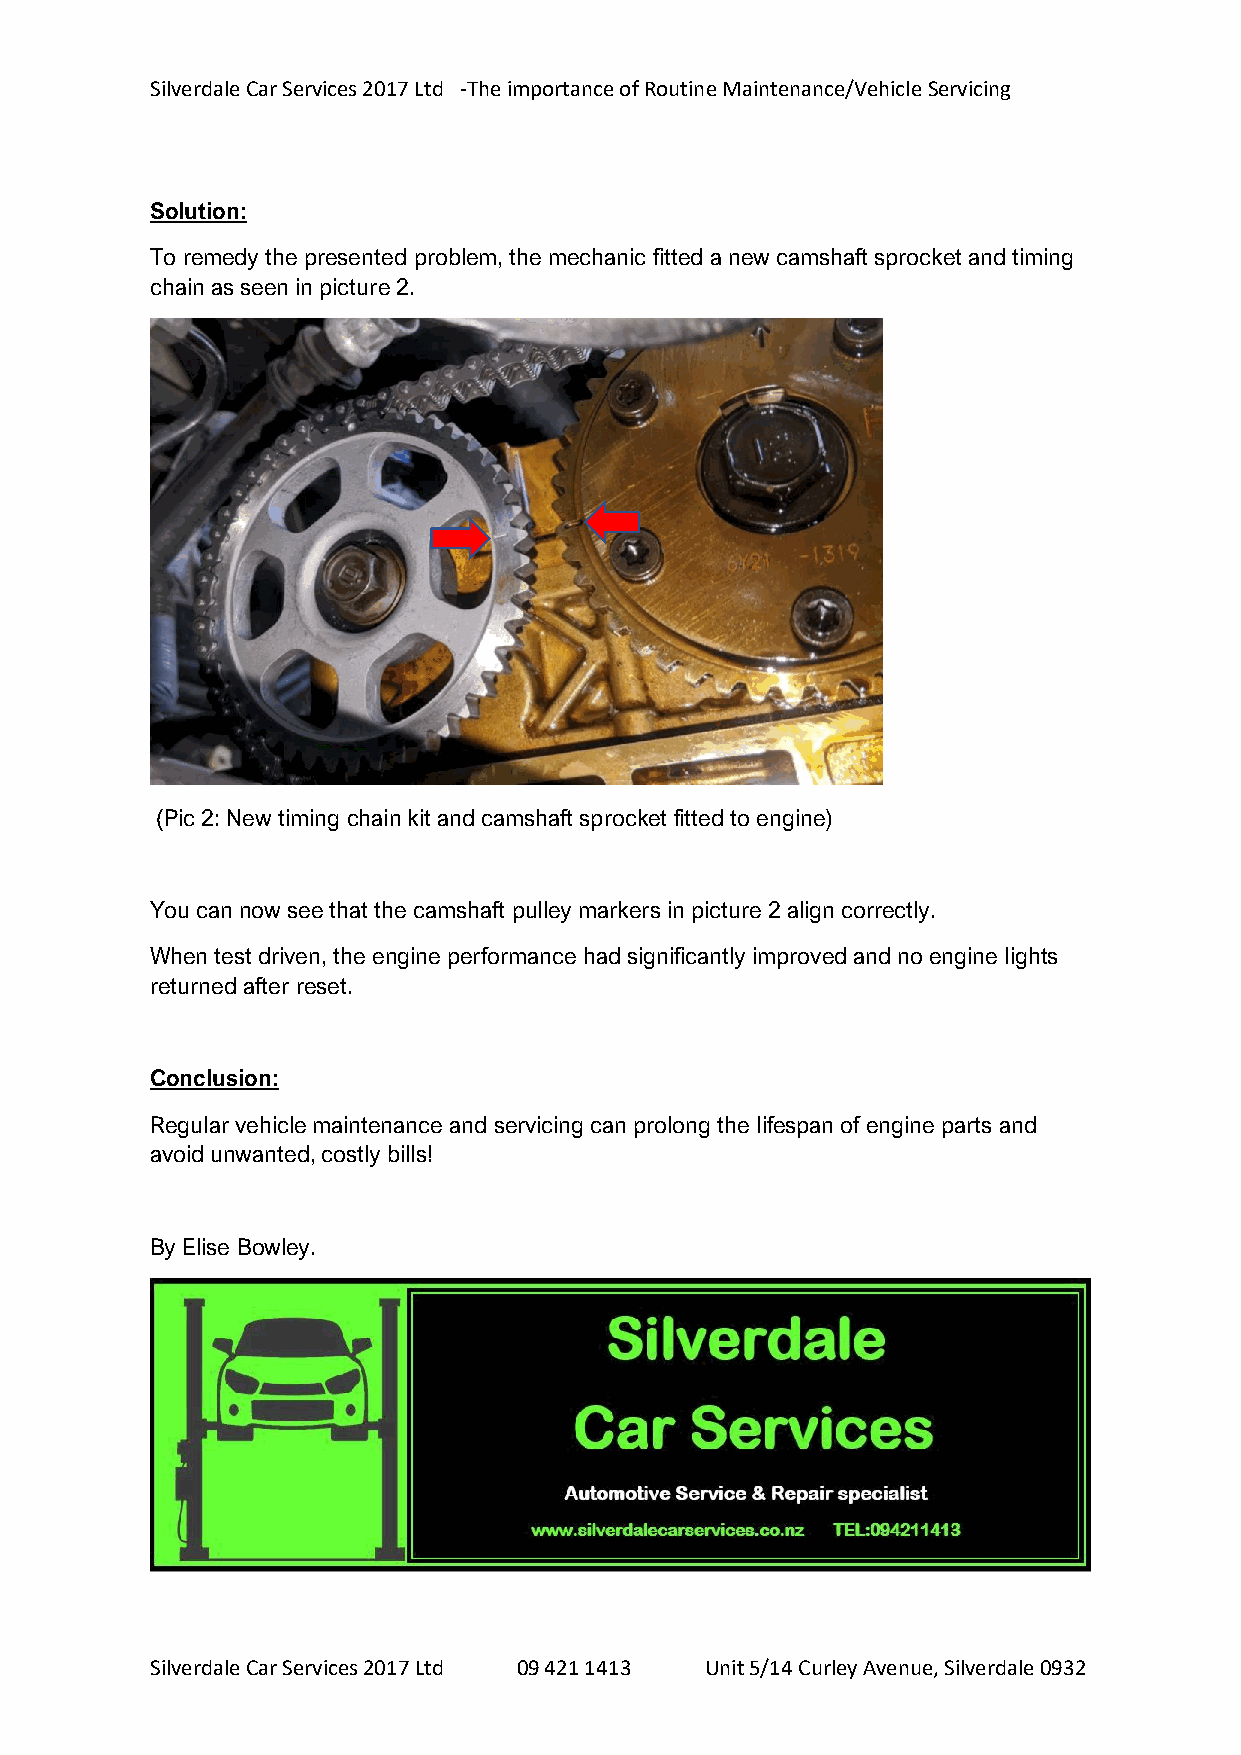
Silverdale Car Services 2017 Ltd -The importance of Routine Maintenance/Vehicle Servicing
 Solution:
 To remedy the presented problem, the mechanic fitted a new camshaft sprocket and timing
 chain as seen in picture 2.
 Y
 o
 u
 c
 a
 n
 n
 o
 w
 s
 (Pic 2: New timing chain kit and camshaft sprocket fitted to engine)
 e
 e
 t
 You can now see that the camshaft pulley markers in picture 2 align correctly.
 h
 When test driven, the engine performance hada significantly improved and no engine lights
 returned after reset.         t
 t
 h
 Conclusion:                   e
 c
 Regular vehicle maintenance and servicing can prolong the lifespan of engine parts and
 a
 avoid unwanted, costly bills!
 m
 s
 h
 By Elise Bowley.              a
 f
 t
 p
 u
 ll
 e
 y
 m
 a
 r
 k
 e
 r
 Silverdale Car Services 2017 Ltd 09 421 141s3 Unit 5/14 Curley Avenue, Silverdale 0932
 i
 n
 p